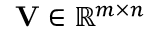
\mathbf { V } \in \mathbb { R } ^ { m \times n }